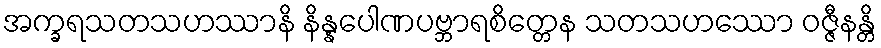
အက္ခရသတသဟဿာနိ နိန္နပေါဏပဗ္ဘာရစိတ္တေန သတသဟဿော ဝဇ္ဇီနန္တိ